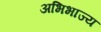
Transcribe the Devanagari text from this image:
अभिभाज्य